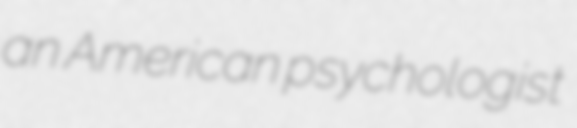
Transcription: an American psychologist